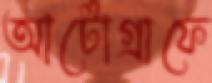
আটোগ্রাফে